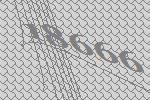
18666